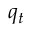
q _ { t }